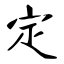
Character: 定